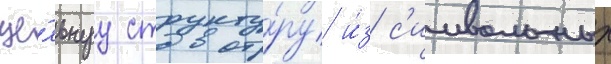
це́льнуу структу́ру и́з с'имвольных